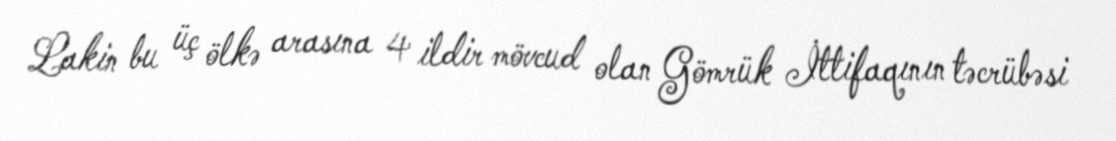
Lakin bu üç ölkə arasına 4 ildir mövcud olan Gömrük İttifaqının təcrübəsi